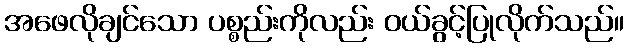
အဖေလိုချင်သော ပစ္စည်းကိုလည်း ဝယ်ခွင့်ပြုလိုက်သည်။